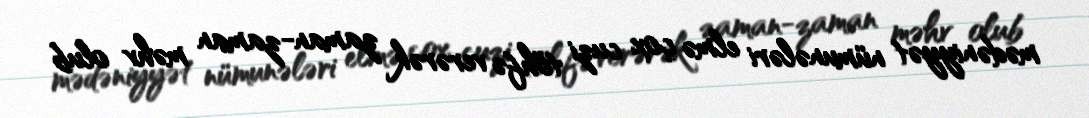
mədəniyyət nümunələri elmə çox cuzi töhfə verərək zaman-zaman məhv olub